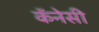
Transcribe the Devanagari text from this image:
कॅनेसी